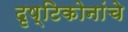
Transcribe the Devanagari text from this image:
दृष्टिकोनांचे